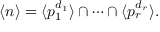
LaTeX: \langle n \rangle = \langle p _ { 1 } ^ { d _ { 1 } } \rangle \cap \cdots \cap \langle p _ { r } ^ { d _ { r } } \rangle .